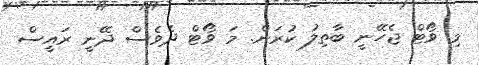
މި ވޯޓް ޖެހޭނީ ބާތިލު ކުރަން. މަ ވޯޓް ދެވެސް ދޭނީ ރައީސް